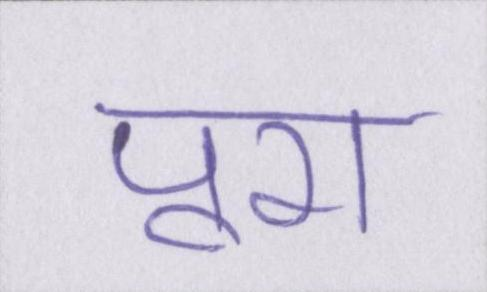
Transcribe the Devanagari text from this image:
पूरा